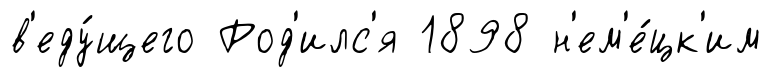
в'еду́щего Род'илс'я 1898 н'ем'е́цк'им